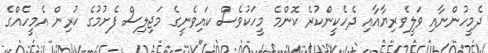
ދެމީހުންނާއި ވަލީވެރިޔާއާއި ދެހެކީންކުރެ ކޮންމެ މީހަކުވެސް ކައިވެނީގެ މަޖިލިސް ފެށުމުގެ ކުރިން އެމީހެއްގެ